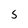
Character: S